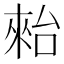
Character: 𣖤